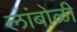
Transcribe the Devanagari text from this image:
लांबोळी